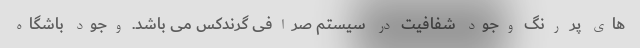
های پر رنگ وجود شفافیت در سیستم صرافی گرندکس می باشد. وجود باشگاه